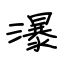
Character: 瀑